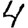
Digit: 4